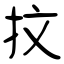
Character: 抆